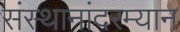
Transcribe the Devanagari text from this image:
संस्थानांदरम्यान